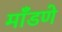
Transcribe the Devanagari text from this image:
माँडणे